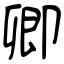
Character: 卿